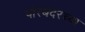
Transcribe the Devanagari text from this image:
पोरबंदरच्या